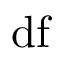
\mathrm { d f }